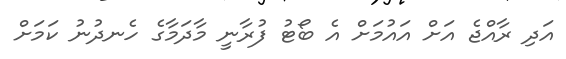
އަދި ރާއްޖެ އަށް އައުމަށް އެ ބޯޓު ފުރާނީ މާދަމާގެ ހެނދުނު ކަމަށް